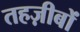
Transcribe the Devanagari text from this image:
तहज़ीबों